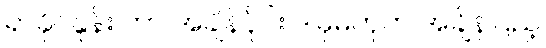
ရာခိုင်နှုန်း ဟာ အချိန်ပိုင်း ဒါမှမဟုတ် အချိန်ပြည့်